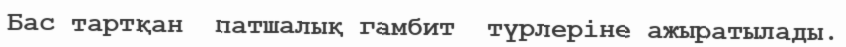
Бас тартқан  патшалық гамбит  түрлеріне ажыратылады.